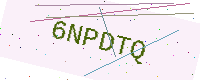
Text: 6NPDTQ